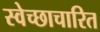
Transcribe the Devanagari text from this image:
स्वेच्छाचारित